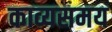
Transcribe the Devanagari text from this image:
काव्यसमय